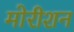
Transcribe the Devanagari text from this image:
मोरीशन